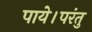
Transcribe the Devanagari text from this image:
पाये।परंतु